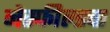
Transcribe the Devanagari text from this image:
नेस्फील्डचा